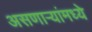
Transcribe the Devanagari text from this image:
असणाऱ्यांमध्ये